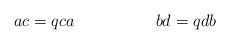
\begin{align*}\ \ \ \ \ \ \ ac=qca\ \ \ \ \ \ \ \ \ \ \ \ \ \ \ bd=qdb\end{align*}